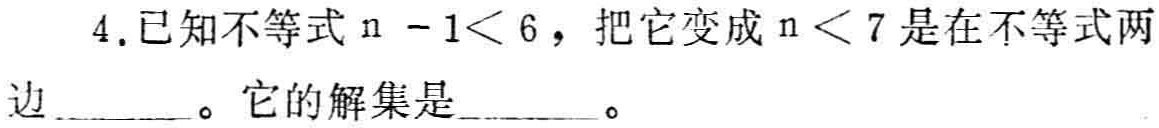
4.已知不等式\(n - 1< 6\)，把它变成\(n < 7\)是在不等式两边  。它的解集是  。